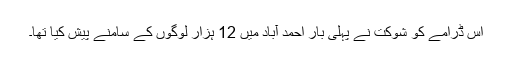
اس ڈرامے کو شوکت نے پہلی بار احمد آباد میں 12 ہزار لوگوں کے سامنے پیش کیا تھا۔